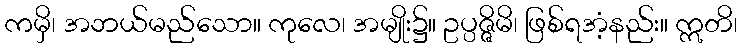
ကမှိ၊ အဘယ်မည်သော။ ကုလေ၊ အမျိုး၌။ ဥပ္ပဇ္ဇိမိ၊ ဖြစ်ရအံ့နည်း။ ဣတိ၊